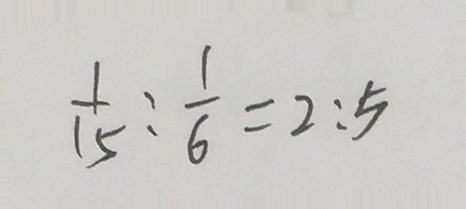
\frac { 1 } { 1 5 } : \frac { 1 } { 6 } = 2 : 5